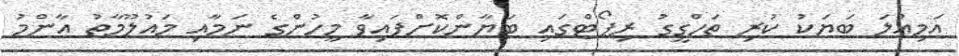
އަމިއްލަ ބަޔަކު ކުރި ތަހްގީގު ރިޕޯޓްގައި ބަޔާންކޮށްފައިވާ މީހުންގެ ނަމާއި މައުލޫމާތު އާންމު